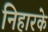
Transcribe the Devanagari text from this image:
निहारके